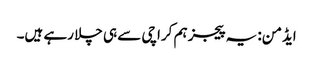
ایڈمن: یہ پیجز ہم کراچی سے ہی چلا رہے ہیں۔